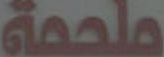
ملحمة